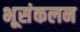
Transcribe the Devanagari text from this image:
भूसंकलन